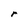
Character: r